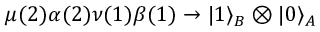
\mu ( 2 ) \alpha ( 2 ) \nu ( 1 ) \beta ( 1 ) \to | 1 \rangle _ { B } \otimes | 0 \rangle _ { A }